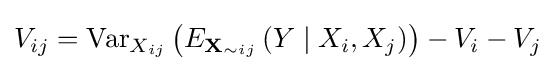
V_{ij}=\operatorname {Var} _{X_{ij}}\left(E_{{\textbf {X}}_{\sim ij}}\left(Y\mid X_{i},X_{j}\right)\right)-V_{i}-V_{j}